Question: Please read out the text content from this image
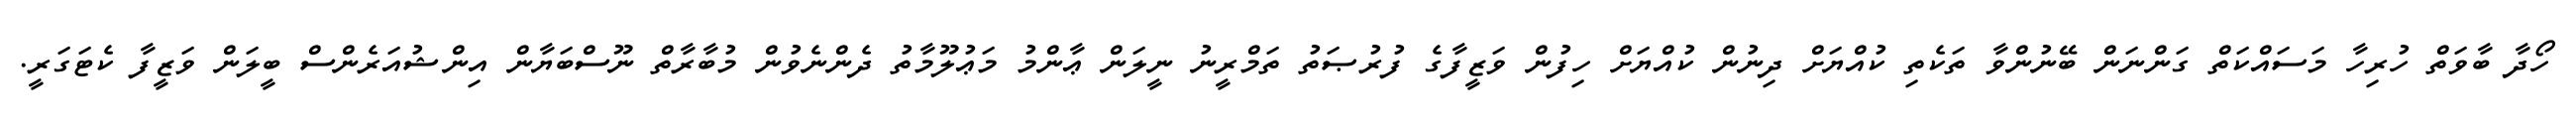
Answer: ހޯދާ ބާވަތް ހުރިހާ މަސައްކަތް ގަންނަން ބޭނުންވާ ތަކެތި ކުއްޔަށް ދިނުން ކުއްޔަށް ހިފުން ވަޒީފާގެ ފުރުޞަތު ތަމްރީނު ނީލަން ޢާންމު މަޢުލޫމާތު ދެންނެވުން މުބާރާތް ނޫސްބަޔާން އިންޝުއަރެންސް ބީލަން ވަޒީފާ ކެޓަގަރީ.